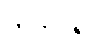
တင်ပြ၍